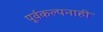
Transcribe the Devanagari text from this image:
पूर्वकल्पनाही